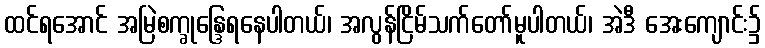
ထင်ရအောင် အမြဲစက္ခုန္ဒြေရနေပါတယ်၊ အလွန်ငြိမ်သက်တော်မူပါတယ်၊ အဲဒီ အေးကျောင်း၌